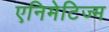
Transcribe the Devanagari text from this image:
एनिमेटिज्म